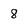
Character: 8